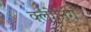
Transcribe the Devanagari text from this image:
क्‍लोनिंग